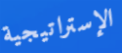
الإستراتيجية